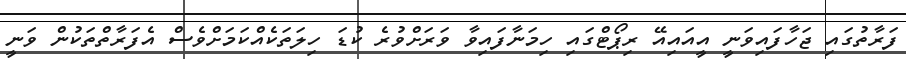
ފަރާތުގައި ޖަހާފައިވަނީ އީއައިއޭ ރިޕޯޓްގައި ހިމަނާފައިވާ ވަރަށްވުރެ ކުޑަ ހިލަތަކެއްކަމަށްވެސް އެފަރާތްތަކުން ވަނީ